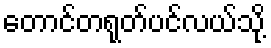
တောင်တရုတ်ပင်လယ်သို့